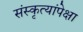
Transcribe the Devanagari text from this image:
संस्कृत्यांपेक्षा